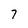
Character: 7